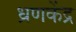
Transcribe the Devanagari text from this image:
ध्रणकेंद्र